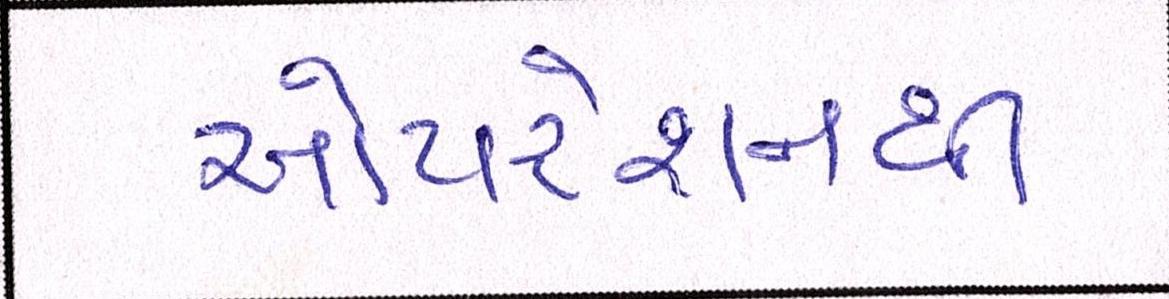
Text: ઓપરેશનથી